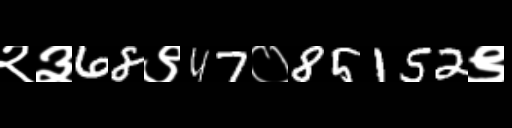
Text: २३68९47०85152९